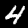
Digit: 4